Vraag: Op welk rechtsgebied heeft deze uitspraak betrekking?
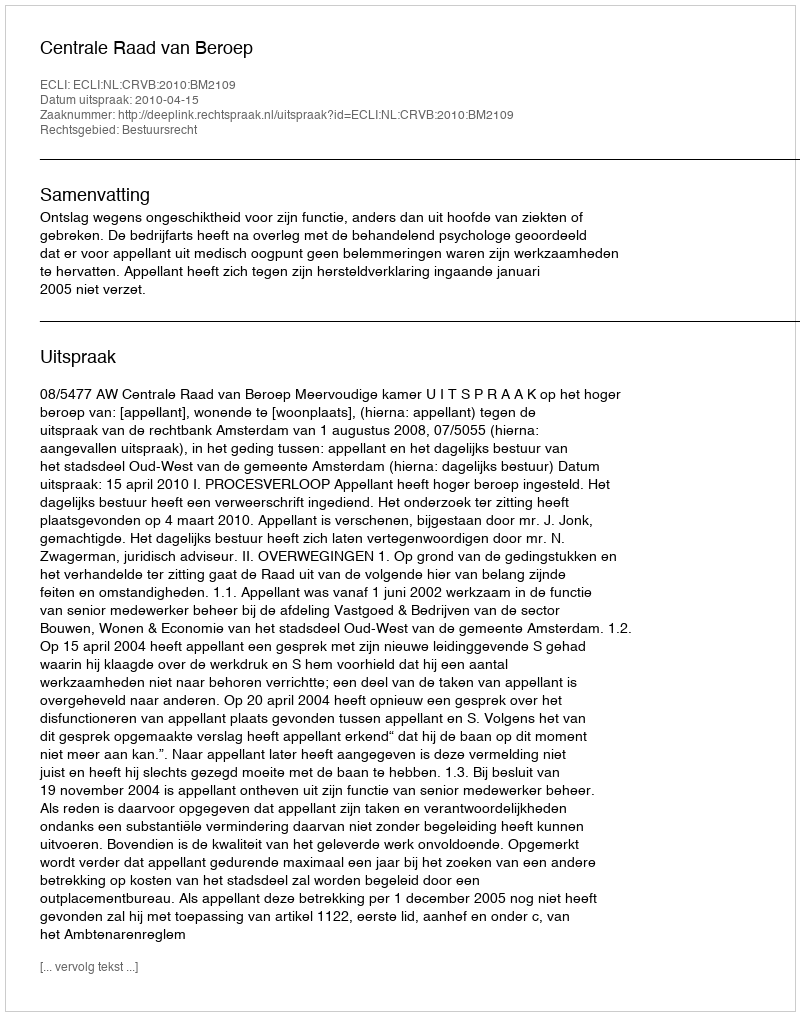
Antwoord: Bestuursrecht